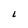
Character: L